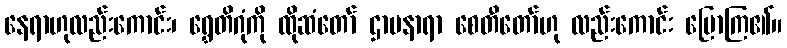
နေရာဟုလည်းကောင်း၊ ရွှေတိဂုံကို ထိုဆံတော် ဌာပနာရာ စေတီတော်ဟု လည်းကောင်း ပြောကြ၏။